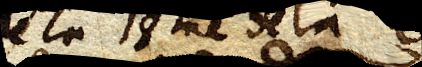
de la 18me de la